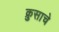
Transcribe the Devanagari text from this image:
क्रुसाचे